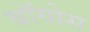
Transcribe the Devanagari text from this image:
बॉयोस